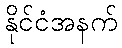
နိုင်ငံအနက်